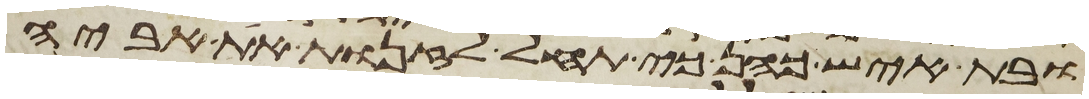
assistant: ובת איש כהן כי תחל לזנות את אביה